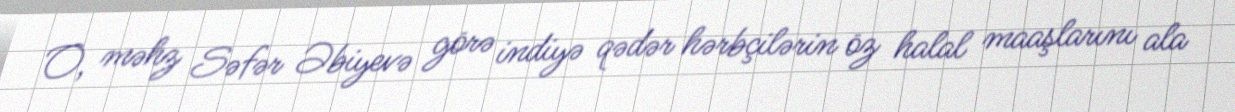
O, məhz Səfər Əbiyevə görə indiyə qədər hərbçilərin öz halal maaşlarını ala